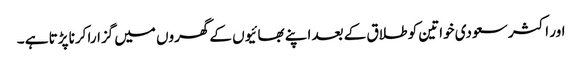
اور اکثر سعودی خواتین کو طلاق کے بعد اپنے بھائیوں کے گھروں میں گزارا کرنا پڑتا ہے ۔